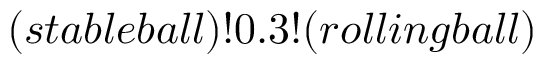
( s t a b l e b a l l ) ! 0 . 3 ! ( r o l l i n g b a l l )